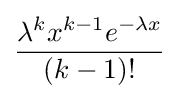
{\frac {\lambda ^{k}x^{k-1}e^{-\lambda x}}{(k-1)!}}